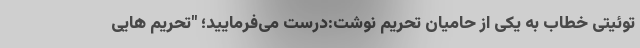
توئیتی خطاب به یکی از حامیان تحریم نوشت:‌درست می‌فرمایید؛ "تحریم هایی